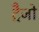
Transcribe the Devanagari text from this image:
ट्रैजो